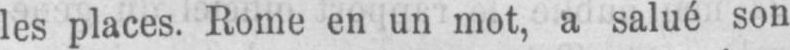
les places. Rome en un mot, a salué son